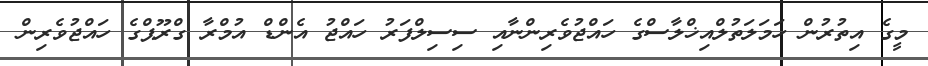
މީގެ އިތުރުން ހަމަލަތުލްއިޚްލާސްގެ ހައްޖުވެރިންނާއި ސިސިލްފަރު ހައްޖު އެންޑް އުމްރާ ގްރޫޕްގެ ހައްޖުވެރިން